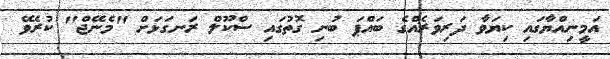
އަމީނިއްޔާގައި ކިޔަވާ ދަރިވަރެއްގެ ބައްޕަ ބުނި ގޮތުގައި ސްކޫލް ރަނގަޅަށް "މެނޭޖް" ކުރެވޭ